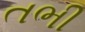
તભી